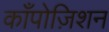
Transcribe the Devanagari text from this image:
काँपोज़िशन